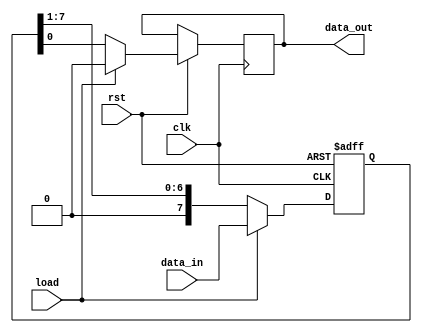
`timescale 1ns / 1ps
//////////////////////////////////////////////////////////////////////////////////
// Company: 
// Engineer: 
// 
// Design Name: 
// Module Name: PISO_reg
// Project Name: 
// Target Devices: 
// Tool Versions: 
// Description: 
// 
// Dependencies: 
// 
// Revision:
// Revision 0.01 - File Created
// Additional Comments:
// 
//////////////////////////////////////////////////////////////////////////////////


module PISO_reg(input load, clk, rst,
             input [7:0] data_in,
             output reg data_out);
             reg [7:0] data_reg;
               
               always @ (posedge clk or negedge rst) begin
                 if (~rst)
                   data_reg <= 8'h00; // Reset PISO register array on reset
                 else begin
                   
                   // Load the data to the PISO register array and reset the serial data out register
                   if (load)
                       {data_reg, data_out} <= {data_in, 1'b0};
                   // Shift the loaded data 1 bit right; into the serial data out register
                   else
                       {data_reg, data_out} <= {1'b0, data_reg[7:0]};
                 end
               end
endmodule